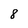
Character: 8